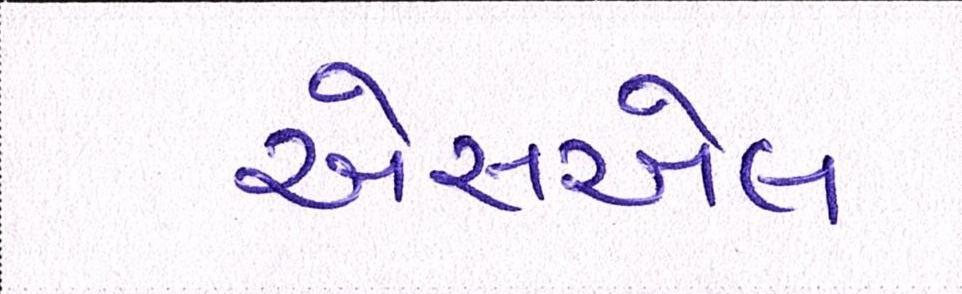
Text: એસએલ